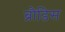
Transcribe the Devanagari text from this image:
ब्रौडिस